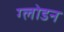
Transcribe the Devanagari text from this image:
ग्लोडन